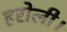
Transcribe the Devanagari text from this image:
हरोली।